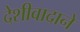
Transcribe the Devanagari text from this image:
देशीवादाने